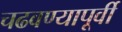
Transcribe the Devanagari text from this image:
चढवण्यापूर्वी